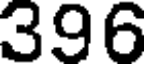
396